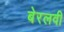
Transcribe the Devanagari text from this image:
बेरलवी